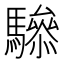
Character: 𲌂